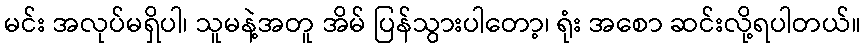
မင်း အလုပ်မရှိပါ၊ သူမနဲ့အတူ အိမ် ပြန်သွားပါတော့၊ ရုံး အစော ဆင်းလို့ရပါတယ်။